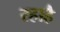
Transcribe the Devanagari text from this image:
रहाहै